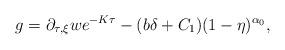
LaTeX: \begin{align*}g = \partial_{\tau,\xi} w e^{-K \tau}-(b\delta+C_1)(1-\eta)^{\alpha_0},\end{align*}